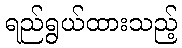
ရည်ရွယ်ထားသည့်